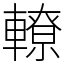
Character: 轑